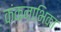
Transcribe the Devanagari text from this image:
कंकनाभिका